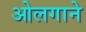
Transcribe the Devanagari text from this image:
ओलगाने